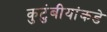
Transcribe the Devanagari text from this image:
कुटुंबीयांकडे